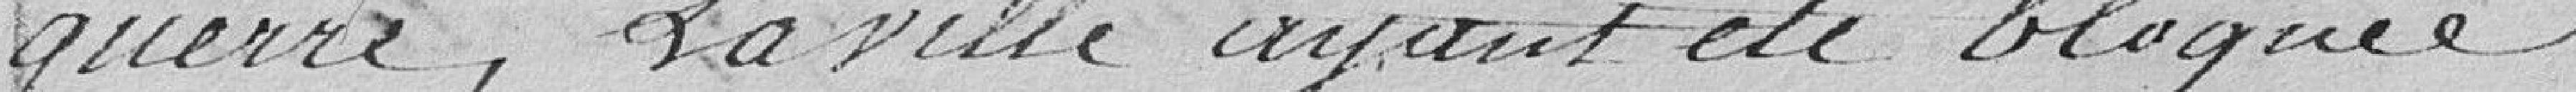
guerre, la ville ayant été bloquée